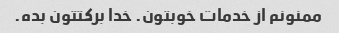
ممنونم از خدمات خوبتون. خدا برکتتون بده.